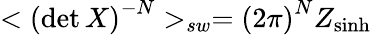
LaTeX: <\left(\operatorname*{det}X\right)^{-N}>_{sw}=\left(2\pi\right)^{N}Z_{\sinh}